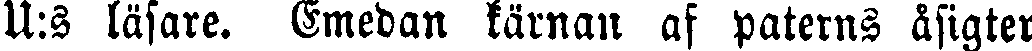
U:s läsare. Emedan kärnan af paterns åsigter